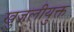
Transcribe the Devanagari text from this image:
खुजलीयुक्त